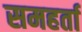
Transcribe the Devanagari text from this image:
समहर्ता